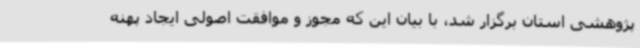
پژوهشی استان برگزار شد، با بیان این که مجوز و موافقت اصولی ایجاد پهنه